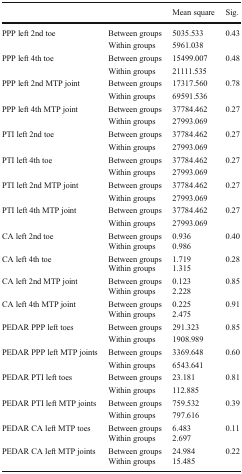
<table><thead><tr><td colspan="2"></td><td><b>Mean square</b></td><td><b>Sig.</b></td></tr></thead><tbody><tr><td rowspan="2">PPP left 2nd toe</td><td>Between groups</td><td>5035.533</td><td>0.43</td></tr><tr><td>Within groups</td><td>5961.038</td><td></td></tr><tr><td rowspan="2">PPP left 4th toe</td><td>Between groups</td><td>15499.007</td><td>0.48</td></tr><tr><td>Within groups</td><td>21111.535</td><td></td></tr><tr><td rowspan="2">PPP left 2nd MTP joint</td><td>Between groups</td><td>17317.560</td><td>0.78</td></tr><tr><td>Within groups</td><td>69591.536</td><td></td></tr><tr><td rowspan="2">PPP left 4th MTP joint</td><td>Between groups</td><td>37784.462</td><td>0.27</td></tr><tr><td>Within groups</td><td>27993.069</td><td></td></tr><tr><td rowspan="2">PTI left 2nd toe</td><td>Between groups</td><td>37784.462</td><td>0.27</td></tr><tr><td>Within groups</td><td>27993.069</td><td></td></tr><tr><td rowspan="2">PTI left 4th toe</td><td>Between groups</td><td>37784.462</td><td>0.27</td></tr><tr><td>Within groups</td><td>27993.069</td><td></td></tr><tr><td rowspan="2">PTI left 2nd MTP joint</td><td>Between groups</td><td>37784.462</td><td>0.27</td></tr><tr><td>Within groups</td><td>27993.069</td><td></td></tr><tr><td rowspan="2">PTI left 4th MTP joint</td><td>Between groups</td><td>37784.462</td><td>0.27</td></tr><tr><td>Within groups</td><td>27993.069</td><td></td></tr><tr><td rowspan="2">CA left 2nd toe</td><td>Between groups</td><td>0.936</td><td rowspan="2">0.40</td></tr><tr><td>Within groups</td><td>0.986</td></tr><tr><td rowspan="2">CA left 4th toe</td><td>Between groups</td><td>1.719</td><td rowspan="2">0.28</td></tr><tr><td>Within groups</td><td>1.315</td></tr><tr><td rowspan="2">CA left 2nd MTP joint</td><td>Between groups</td><td>0.123</td><td rowspan="2">0.85</td></tr><tr><td>Within groups</td><td>2.228</td></tr><tr><td rowspan="2">CA left 4th MTP joint</td><td>Between groups</td><td>0.225</td><td rowspan="2">0.91</td></tr><tr><td>Within groups</td><td>2.475</td></tr><tr><td rowspan="2">PEDAR PPP left toes</td><td>Between groups</td><td>291.323</td><td>0.85</td></tr><tr><td>Within groups</td><td>1908.989</td><td></td></tr><tr><td rowspan="2">PEDAR PPP left MTP joints</td><td>Between groups</td><td>3369.648</td><td>0.60</td></tr><tr><td>Within groups</td><td>6543.641</td><td></td></tr><tr><td rowspan="2">PEDAR PTI left toes</td><td>Between groups</td><td>23.181</td><td>0.81</td></tr><tr><td>Within groups</td><td>112.885</td><td></td></tr><tr><td rowspan="2">PEDAR PTI left MTP joints</td><td>Between groups</td><td>759.532</td><td>0.39</td></tr><tr><td>Within groups</td><td>797.616</td><td></td></tr><tr><td rowspan="2">PEDAR CA left MTP toes</td><td>Between groups</td><td>6.483</td><td rowspan="2">0.11</td></tr><tr><td>Within groups</td><td>2.697</td></tr><tr><td rowspan="2">PEDAR CA left MTP joints</td><td>Between groups</td><td>24.984</td><td rowspan="2">0.22</td></tr><tr><td>Within groups</td><td>15.485</td></tr></tbody></table>